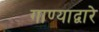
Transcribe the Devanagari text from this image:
गाण्याद्वारे